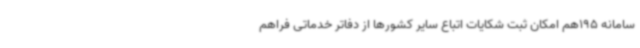
سامانه 195هم امکان ثبت شکایات اتباع سایر کشورها از دفاتر خدماتی فراهم